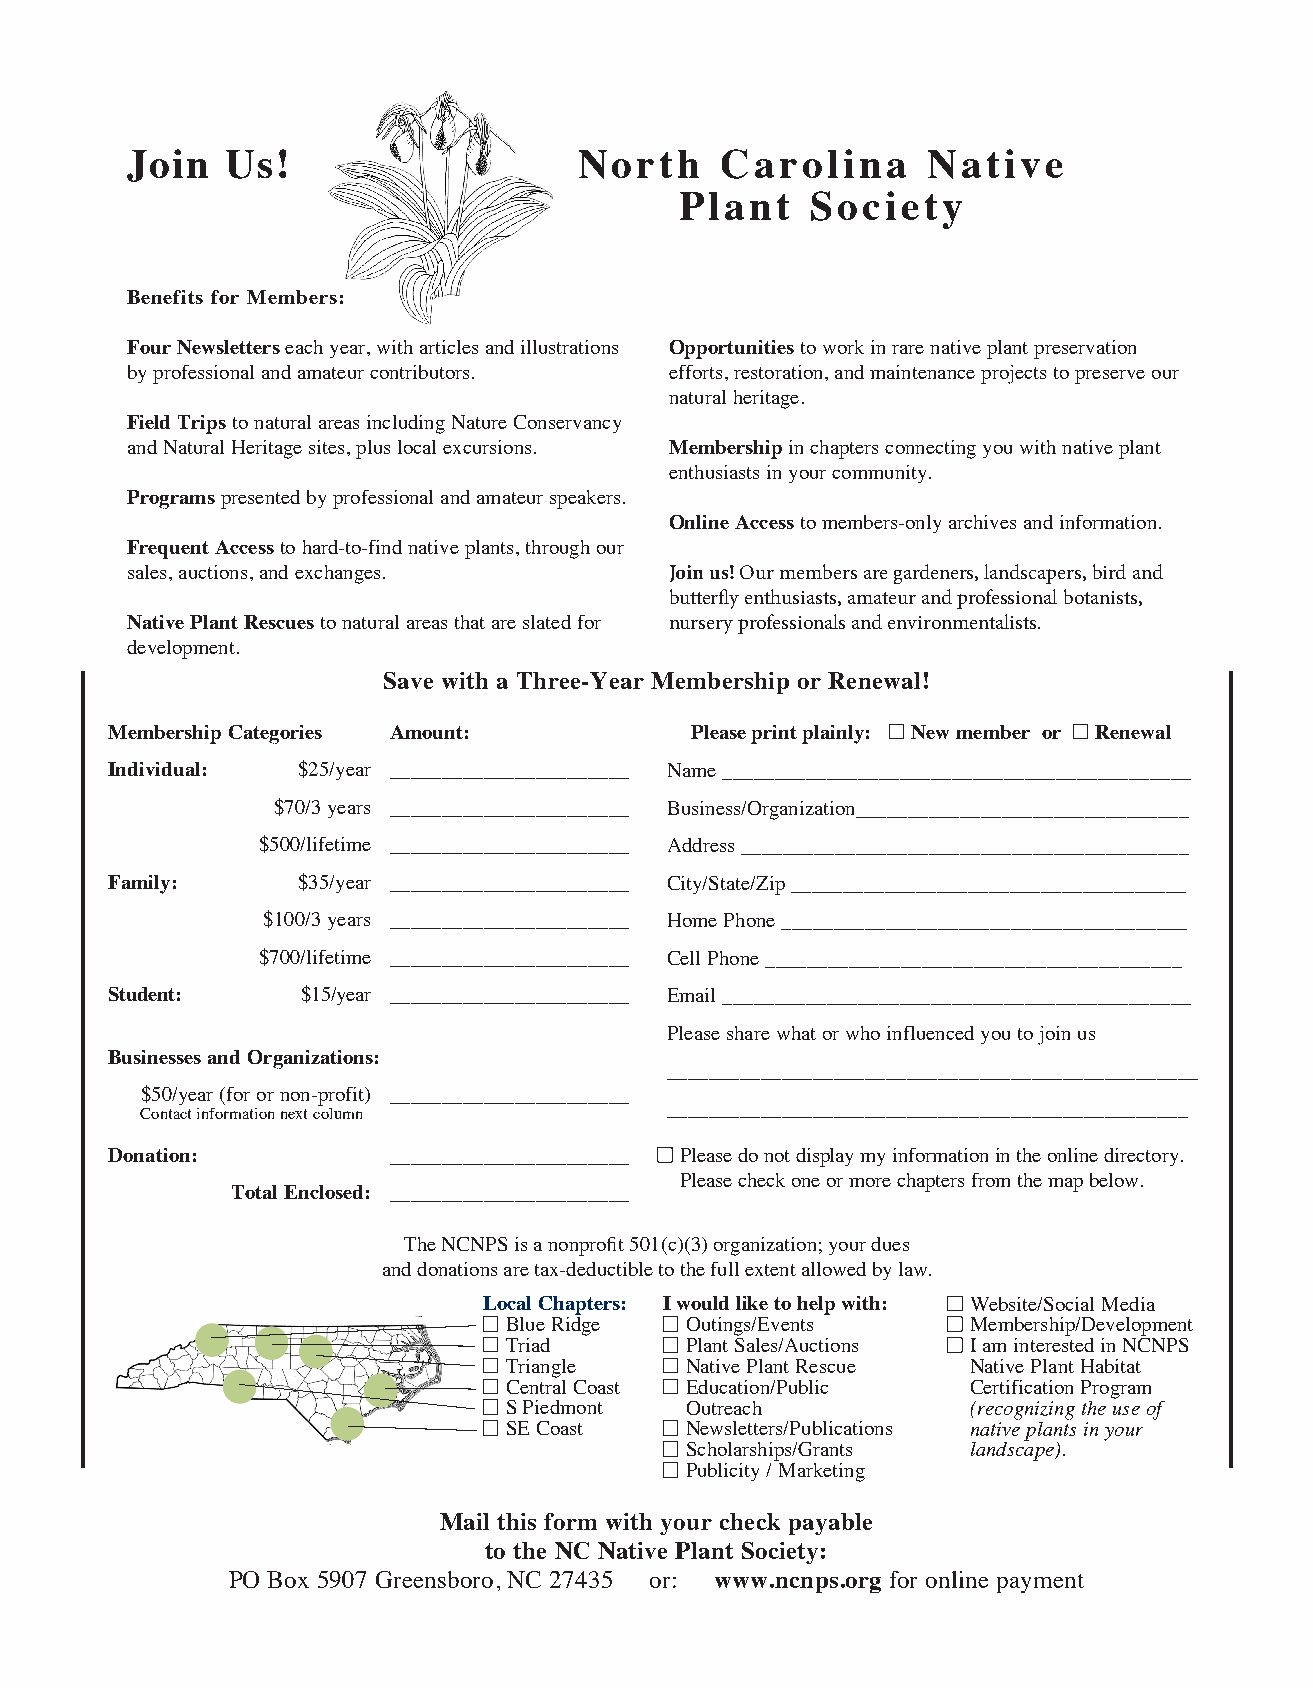
Join   Us!                    North     Carolina     Native
 Plant    Society
 Benefits for Members:
 Four Newsletters each year, with articles and illustrations Opportunities to work in rare native plant preservation
 by professional and amateur contributors. efforts, restoration, and maintenance projects to preserve our
 natural heritage.
 Field Trips to natural areas including Nature Conservancy
 and Natural Heritage sites, plus local excursions. Membership in chapters connecting you with native plant
 enthusiasts in your community.
 Programs presented by professional and amateur speakers.
 Online Access to members-only archives and information.
 Frequent Access to hard-to-find native plants, through our
 sales, auctions, and exchanges.     Join us! Our members are gardeners, landscapers, bird and
 butterfly enthusiasts, amateur and professional botanists,
 Native Plant Rescues to natural areas that are slated for nursery professionals and environmentalists.
 development.
 Save with a Three-Year Membership or Renewal!
 Membership Categories Amount:          Please print plainly: New member or Renewal
 Individual:  $25/year _______________________ Name _____________________________________________
 $70/3 years _______________________ Business/Organization________________________________
 $500/lifetime _______________________ Address ___________________________________________
 Family:      $35/year _______________________ City/State/Zip ______________________________________
 $100/3 years _______________________ Home Phone _______________________________________
 $700/lifetime _______________________ Cell Phone ________________________________________
 Student:     $15/year _______________________ Email _____________________________________________
 Please share what or who influenced you to join us
 Businesses and Organizations:
 ___________________________________________________
 $50/year (for or non-profit) _______________________
 __________________________________________________
 Contact information next column
 Donation:          _______________________ Please do not display my information in the online directory.
 Please check one or more chapters from the map below.
 Total Enclosed: _______________________
 The NCNPS is a nonprofit 501(c)(3) organization; your dues
 and donations are tax-deductible to the full extent allowed by law.
 Local Chapters: I would like to help with: Website/Social Media
 Blue Ridge  Outings/Events     Membership/Development
 Triad       Plant Sales/Auctions I am interested in NCNPS
 Triangle    Native Plant Rescue Native Plant Habitat
 Central Coast Education/Public Certification Program
 S Piedmont  Outreach           (recognizing the use of
 SE Coast    Newsletters/Publications native plants in your
 Scholarships/Grants landscape).
 Publicity / Marketing
 Mail this form with your check payable
 to the NC Native Plant Society:
 PO Box 5907 Greensboro, NC 27435 or: www.ncnps.org for online payment